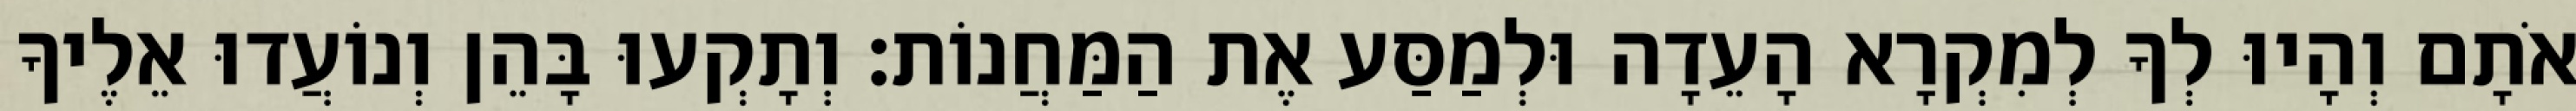
אֹתָם וְהָיוּ לְךָ לְמִקְרָא הָעֵדָה וּלְמַסַּע אֶת הַמַּחֲנוֹת׃ וְתָקְעוּ בָּהֵן וְנוֹעֲדוּ אֵלֶיךָ